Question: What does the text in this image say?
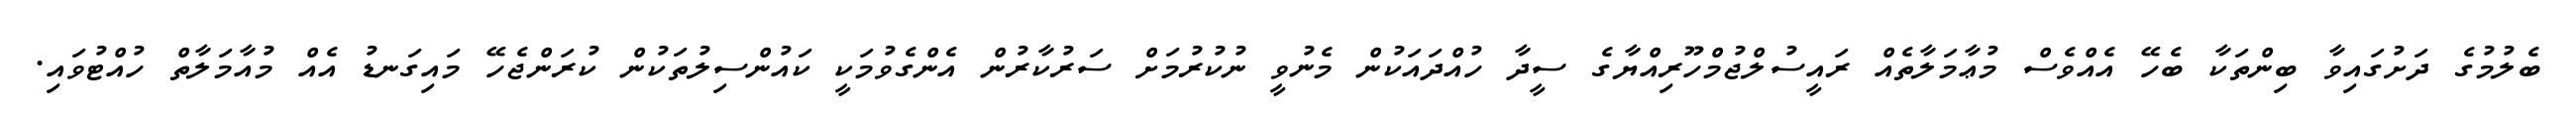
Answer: ބެލުމުގެ ދަށުގައިވާ ބިންތަކާ ބެހޭ އެއްވެސް މުޢާމަލާތެއް ރައީސުލްޖުމްހޫރިއްޔާގެ ސީދާ ހުއްދައަކުން މެނުވީ ނުކުރުމަށް ސަރުކާރުން އެންގެވުމަކީ ކައުންސިލުތަކުން ކުރަންޖެހޭ މައިގަނޑު އެއް މުއާމަލާތް ހުއްޓުވައި.